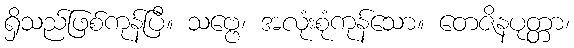
ရှိသည်ဖြစ်ကုန်ပြီ။ သဗ္ဗေ၊ အလုံးစုံကုန်သော။ တေဇိနပုတ္တာ၊